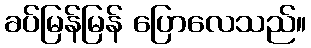
ခပ်မြန်မြန် ပြောလေသည်။